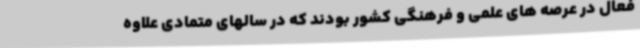
فعال در عرصه های علمی و فرهنگی کشور بودند که در سالهای متمادی علاوه